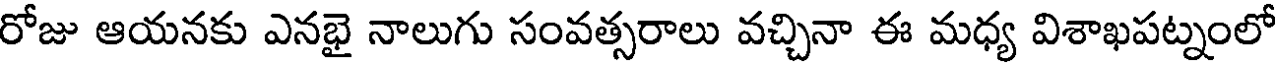
రోజు ఆయనకు ఎనభై నాలుగు సంవత్సరాలు వచ్చినా ఈ మధ్య విశాఖపట్నంలో